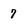
Character: 7